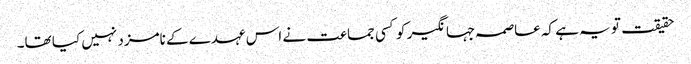
حقیقت تو یہ ہے کہ عاصمہ جہانگیر کو کسی جماعت نے اس عہدے کے نامزد نہیں کیا تھا۔